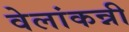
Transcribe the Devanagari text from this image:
वेलांकन्नी